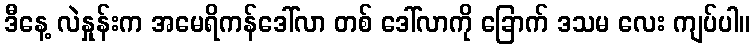
ဒီနေ့ လဲနှုန်းက အမေရိကန်ဒေါ်လာ တစ် ဒေါ်လာကို ခြောက် ဒသမ လေး ကျပ်ပါ။